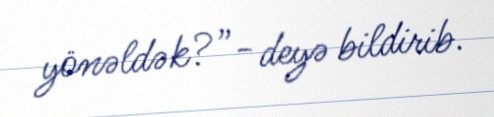
yönəldək?”- deyə bildirib.